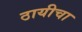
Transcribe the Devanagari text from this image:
ठायीचा